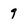
Character: 9